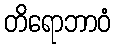
တိရောဘာဝံ